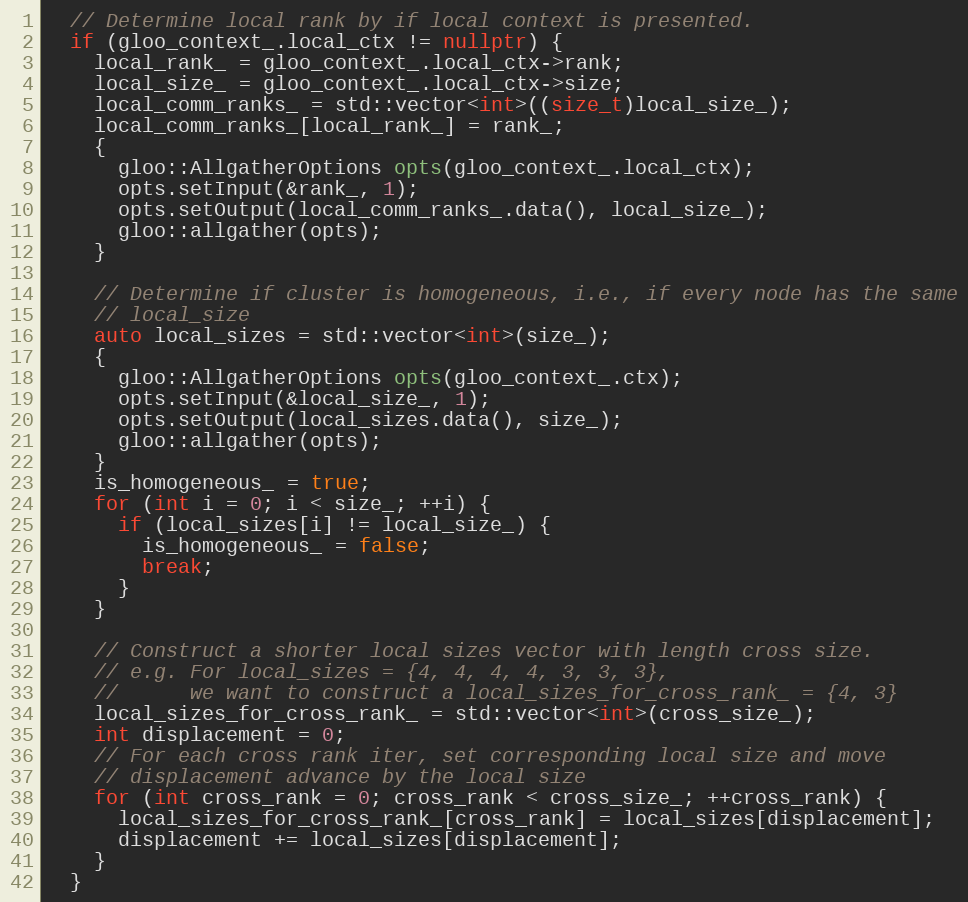
Language: C++
  // Determine local rank by if local context is presented.
  if (gloo_context_.local_ctx != nullptr) {
    local_rank_ = gloo_context_.local_ctx->rank;
    local_size_ = gloo_context_.local_ctx->size;
    local_comm_ranks_ = std::vector<int>((size_t)local_size_);
    local_comm_ranks_[local_rank_] = rank_;
    {
      gloo::AllgatherOptions opts(gloo_context_.local_ctx);
      opts.setInput(&rank_, 1);
      opts.setOutput(local_comm_ranks_.data(), local_size_);
      gloo::allgather(opts);
    }

    // Determine if cluster is homogeneous, i.e., if every node has the same
    // local_size
    auto local_sizes = std::vector<int>(size_);
    {
      gloo::AllgatherOptions opts(gloo_context_.ctx);
      opts.setInput(&local_size_, 1);
      opts.setOutput(local_sizes.data(), size_);
      gloo::allgather(opts);
    }
    is_homogeneous_ = true;
    for (int i = 0; i < size_; ++i) {
      if (local_sizes[i] != local_size_) {
        is_homogeneous_ = false;
        break;
      }
    }

    // Construct a shorter local sizes vector with length cross size.
    // e.g. For local_sizes = {4, 4, 4, 4, 3, 3, 3},
    //      we want to construct a local_sizes_for_cross_rank_ = {4, 3}
    local_sizes_for_cross_rank_ = std::vector<int>(cross_size_);
    int displacement = 0;
    // For each cross rank iter, set corresponding local size and move
    // displacement advance by the local size
    for (int cross_rank = 0; cross_rank < cross_size_; ++cross_rank) {
      local_sizes_for_cross_rank_[cross_rank] = local_sizes[displacement];
      displacement += local_sizes[displacement];
    }
  }